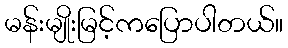
မန်းမျိုးမြင့်ကပြောပါတယ်။